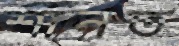
শানত